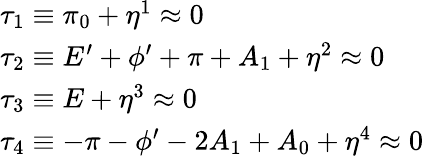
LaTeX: \begin{array}{l}{{\tau_{1}\equiv\pi_{0}+\eta^{1}\approx 0}}\\ {{\tau_{2}\equiv E^{\prime}+\phi^{\prime}+\pi+A_{1}+\eta^{2}\approx 0}}\\ {{\tau_{3}\equiv E+\eta^{3}\approx 0}}\\ {{\tau_{4}\equiv-\pi-\phi^{\prime}-2A_{1}+A_{0}+\eta^{4}\approx 0}}\end{array}